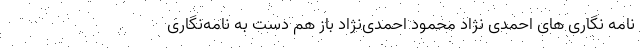
نامه‌ نگاری ‌های احمدی‌ نژاد محمود احمدی‌نژاد باز هم دست به نامه‌نگاری